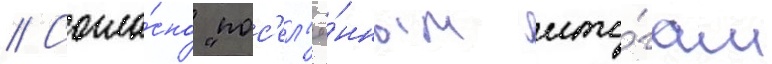
// Согла́сно "пос'ел'ё́нным ито́гам